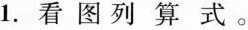
1.看图列算式。